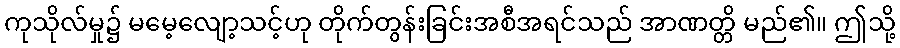
ကုသိုလ်မှု၌ မမေ့လျော့သင့်ဟု တိုက်တွန်းခြင်းအစီအရင်သည် အာဏတ္တိ မည်၏။ ဤသို့